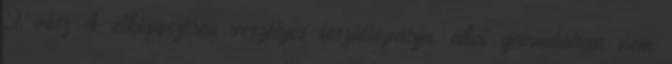
I. rész 4 elképesztően veszélyes leszállópálya, ahol garantáltan nem